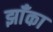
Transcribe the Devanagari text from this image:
झाँका